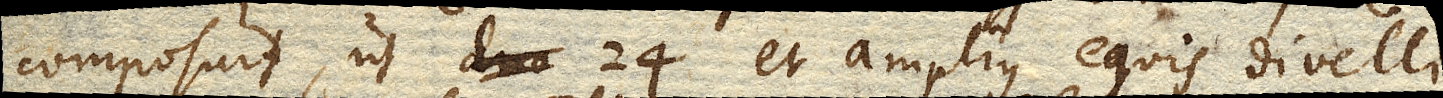
composuit, ut duo 24 et amplius equis divelli